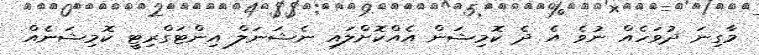
މާގިނަ ދުވަހެއް ނުވެ އެ ދެ ކޮމިޝަން އެއްކޮށްލައި ނެޝަނަލް އިންޓަގްރިޓީ ކޮމިޝަނެއް